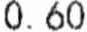
0.60